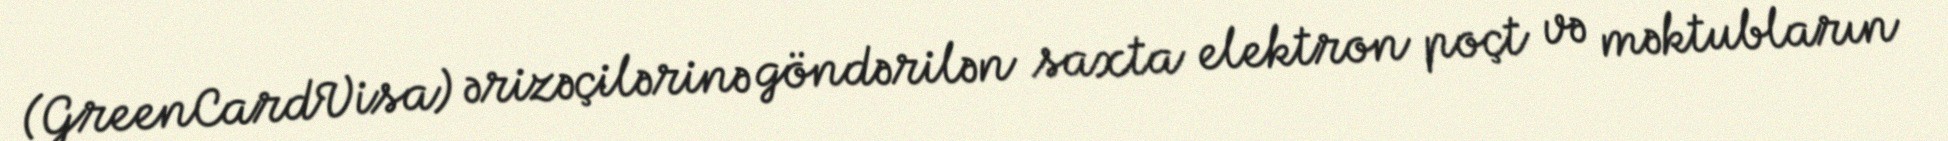
(GreenCardVisa) ərizəçilərinə göndərilən saxta elektron poçt və məktubların